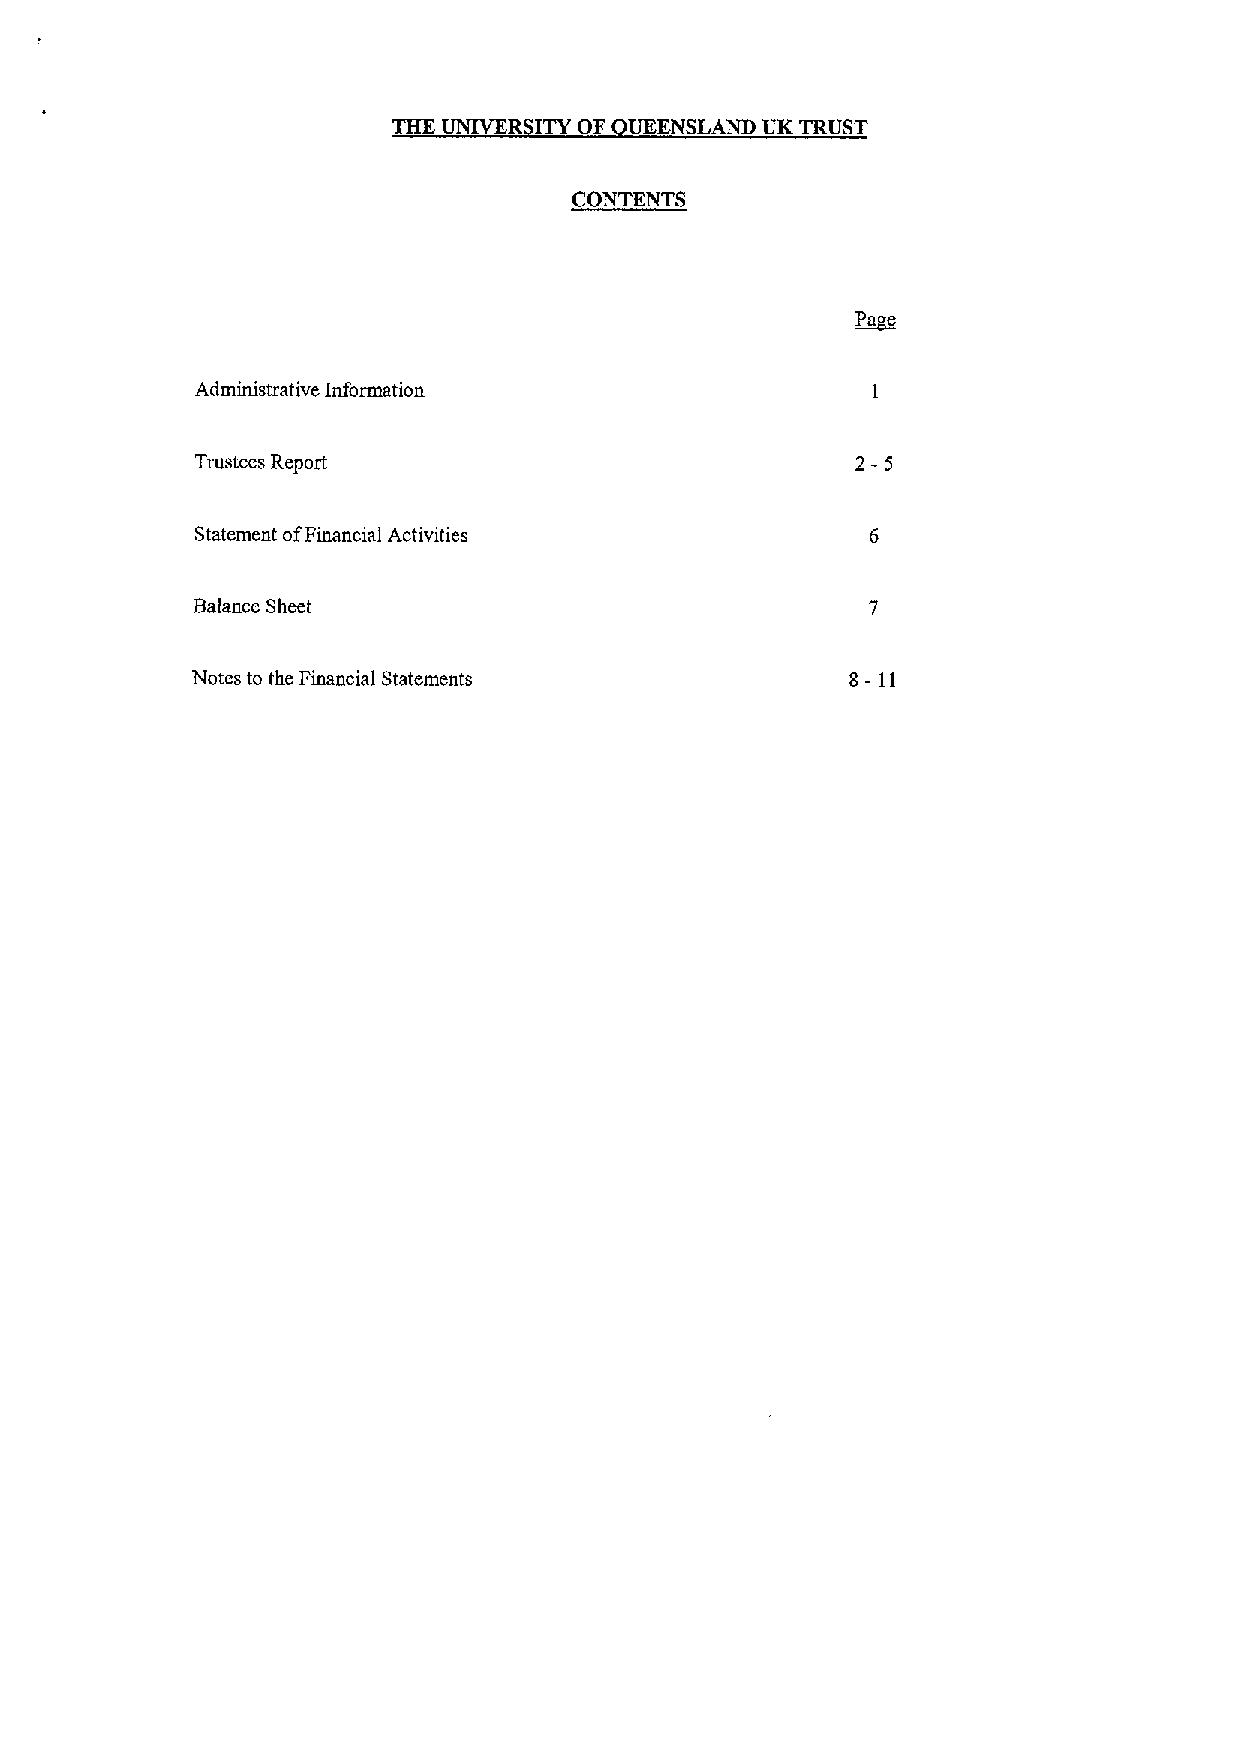
THE UMVER ITYOF UEENSLANII UK TRUST
 CONTENTS
 e
 ~pa
 Administrative Information
 2-5
 Trnstees Report
 Statement ofFinancial Activities
 Balance Sheet
 Notes to the Financial Statements          8-11